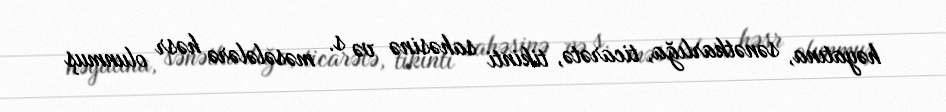
həyatına, sənətkarlığa, ticarətə, tikinti sahəsinə və s. məsələlərə həsr olunmuş